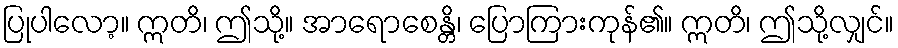
ပြုပါလော့။ ဣတိ၊ ဤသို့။ အာရောစေန္တိ၊ ပြောကြားကုန်၏။ ဣတိ၊ ဤသို့လျှင်။